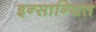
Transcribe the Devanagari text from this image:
इन्सान्यित